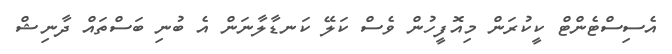
އެސިސްޓެންޓް ކީކުރަން މިއޮފީހުން ވެސް ކަލޭ ކަނޑާލާނަން އެ ބުނި ބަސްތައް ދާނިޝް